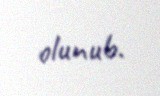
olunub.